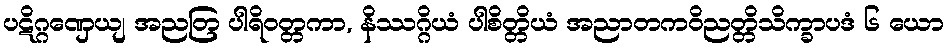
ပဋိဂ္ဂဏှေယျ အညတြ ပါရိဝတ္တကာ, နိဿဂ္ဂိယံ ပါစိတ္တိယံ အညာတကဝိညတ္တိသိက္ခာပဒံ ၆ ယော